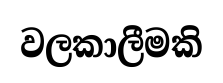
වලකාලීමකි